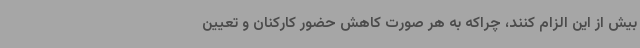
بیش از این الزام کنند، چراکه به هر صورت کاهش حضور کارکنان و تعیین